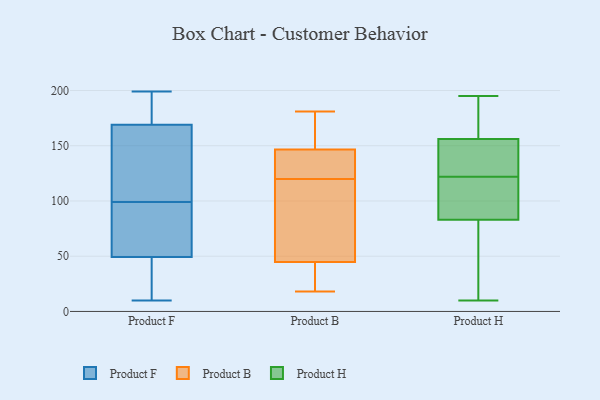
{"axis": {"x": "Market Share (%)", "y": "Value"}, "legend": ["Product B", "Product F", "Product H"], "data": [{"x": "", "y": 188, "type": "Product F"}, {"x": "", "y": 199, "type": "Product F"}, {"x": "", "y": 170, "type": "Product F"}, {"x": "", "y": 30, "type": "Product F"}, {"x": "", "y": 77, "type": "Product F"}, {"x": "", "y": 137, "type": "Product F"}, {"x": "", "y": 44, "type": "Product F"}, {"x": "", "y": 92, "type": "Product F"}, {"x": "", "y": 53, "type": "Product F"}, {"x": "", "y": 10, "type": "Product F"}, {"x": "", "y": 162, "type": "Product F"}, {"x": "", "y": 25, "type": "Product F"}, {"x": "", "y": 166, "type": "Product F"}, {"x": "", "y": 178, "type": "Product F"}, {"x": "", "y": 48, "type": "Product F"}, {"x": "", "y": 96, "type": "Product F"}, {"x": "", "y": 185, "type": "Product F"}, {"x": "", "y": 99, "type": "Product F"}, {"x": "", "y": 133, "type": "Product F"}, {"x": "", "y": 151, "type": "Product B"}, {"x": "", "y": 122, "type": "Product B"}, {"x": "", "y": 44, "type": "Product B"}, {"x": "", "y": 88, "type": "Product B"}, {"x": "", "y": 50, "type": "Product B"}, {"x": "", "y": 133, "type": "Product B"}, {"x": "", "y": 148, "type": "Product B"}, {"x": "", "y": 146, "type": "Product B"}, {"x": "", "y": 120, "type": "Product B"}, {"x": "", "y": 18, "type": "Product B"}, {"x": "", "y": 45, "type": "Product B"}, {"x": "", "y": 24, "type": "Product B"}, {"x": "", "y": 181, "type": "Product B"}, {"x": "", "y": 72, "type": "Product H"}, {"x": "", "y": 195, "type": "Product H"}, {"x": "", "y": 129, "type": "Product H"}, {"x": "", "y": 83, "type": "Product H"}, {"x": "", "y": 170, "type": "Product H"}, {"x": "", "y": 124, "type": "Product H"}, {"x": "", "y": 136, "type": "Product H"}, {"x": "", "y": 11, "type": "Product H"}, {"x": "", "y": 120, "type": "Product H"}, {"x": "", "y": 110, "type": "Product H"}, {"x": "", "y": 186, "type": "Product H"}, {"x": "", "y": 92, "type": "Product H"}, {"x": "", "y": 10, "type": "Product H"}, {"x": "", "y": 156, "type": "Product H"}]}